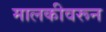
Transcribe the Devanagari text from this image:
मालकीवरून